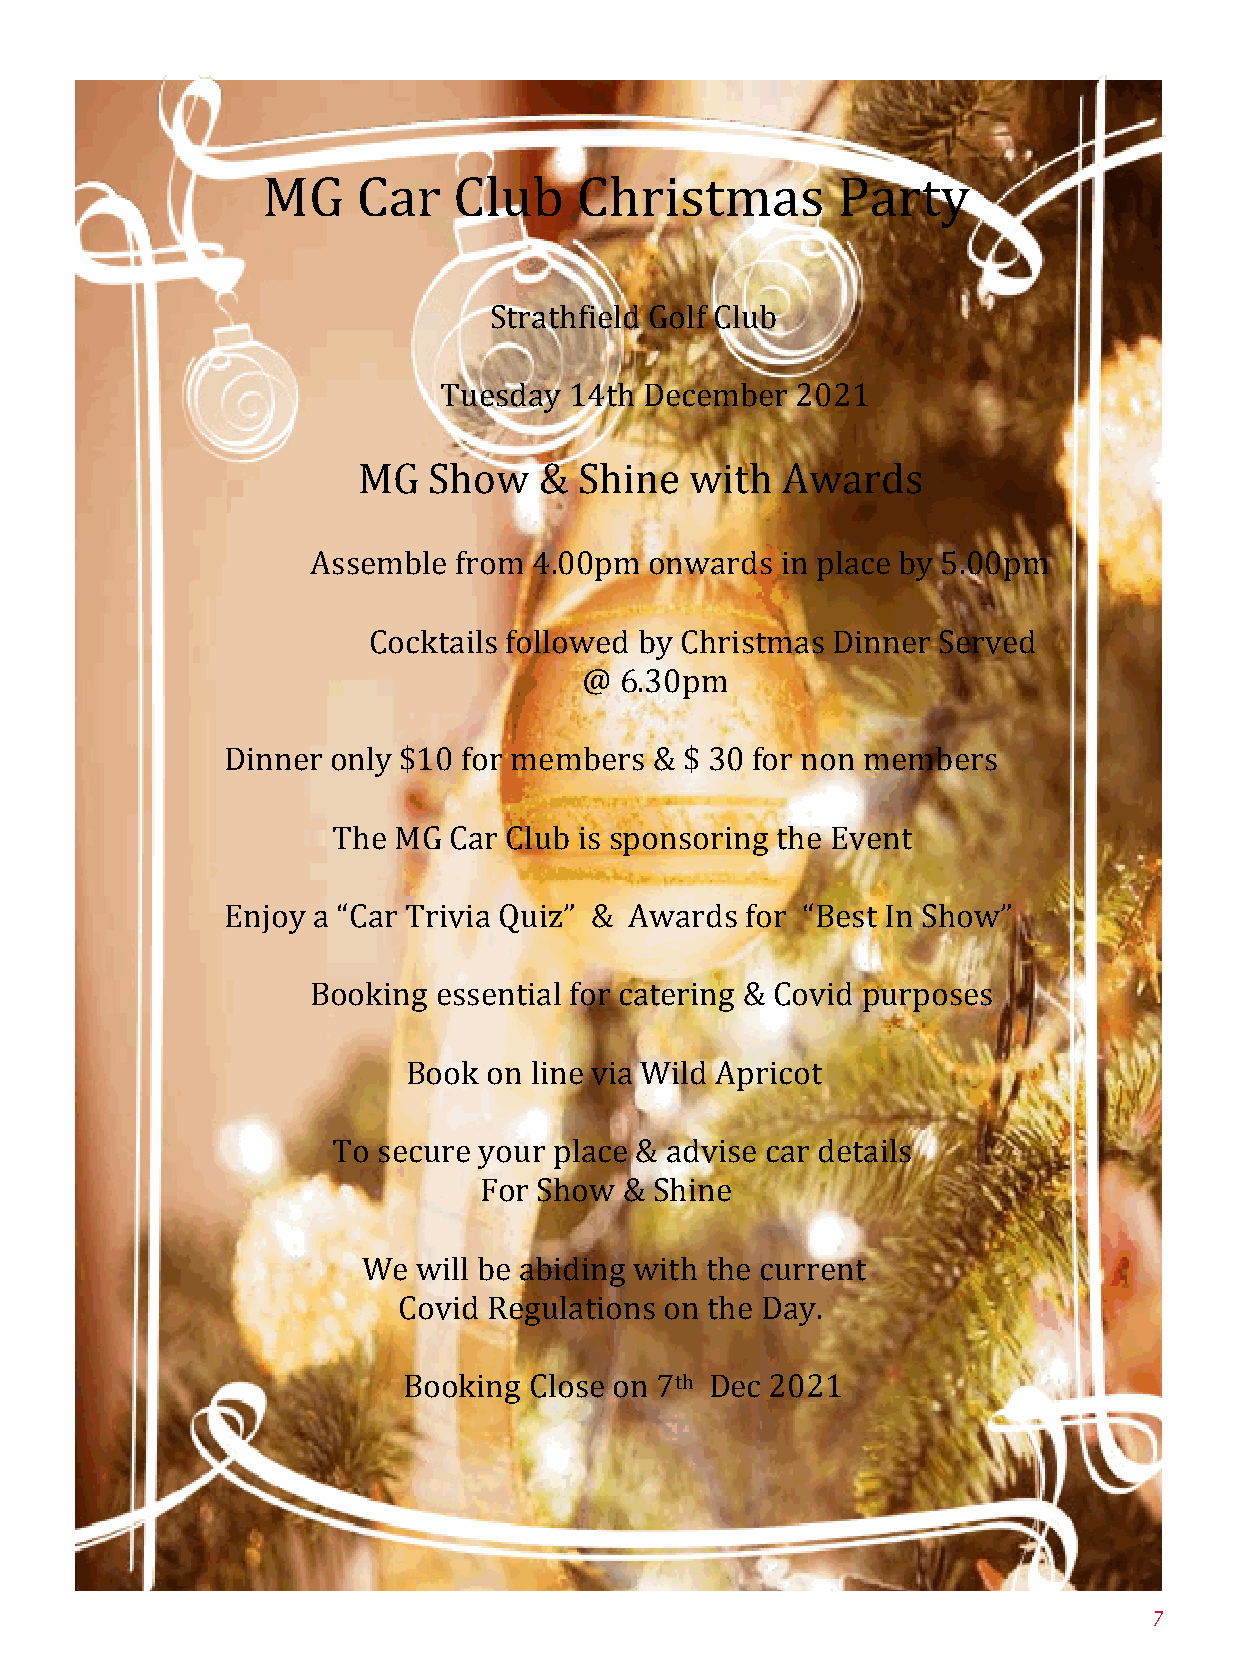
MG     Car   Club    Christmas        Party
 Strathfield Golf Club
 Tuesday  14th December  2021
 MG  Show    & Shine   with  Awards
 Assemble from 4.00pm  onwards  in place by 5.00pm
 Cocktails followed by Christmas Dinner Served
 @ 6.30pm
 Dinner only $10 for members & $ 30 for non members
 The MG  Car Club is sponsoring the Event
 Enjoy a “Car Trivia Quiz” & Awards for “Best In Show”
 Booking essential for catering & Covid purposes
 Book on line via Wild Apricot
 To secure your place & advise car details
 For Show & Shine
 We  will be abiding with the current
 Covid Regulations on the Day.
 th
 Booking Close on 7  Dec 2021
 7